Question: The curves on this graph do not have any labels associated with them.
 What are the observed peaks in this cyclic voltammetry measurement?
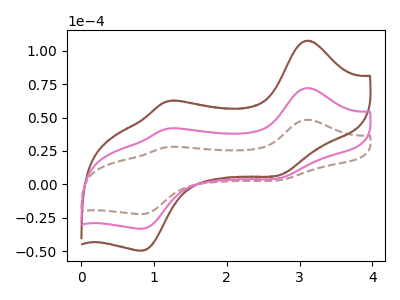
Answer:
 <answer>The brown dashed curve "brown dashed" has anodic peaks at (3.10V, 48.30uA) (1.20V, 27.95uA) and cathodic peaks at (2.70V, 2.95uA) (0.85V, -22.30uA). The brown curve "brown" has anodic peaks at (3.10V, 144.25uA) (1.20V, 83.45uA) and cathodic peaks at (2.70V, 8.80uA) (0.85V, -66.65uA). The pink curve "pink" has anodic peaks at (3.10V, 72.15uA) (1.20V, 41.70uA) and cathodic peaks at (2.70V, 4.40uA) (0.85V, -33.30uA).</answer>
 <eval></eval>